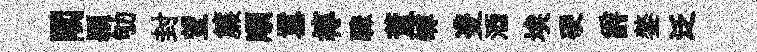
閣頴劬封望簾順囂椁驟董罅㕠酒埃硬爵鏊泛